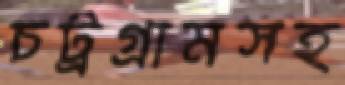
চট্রগ্রামসহ